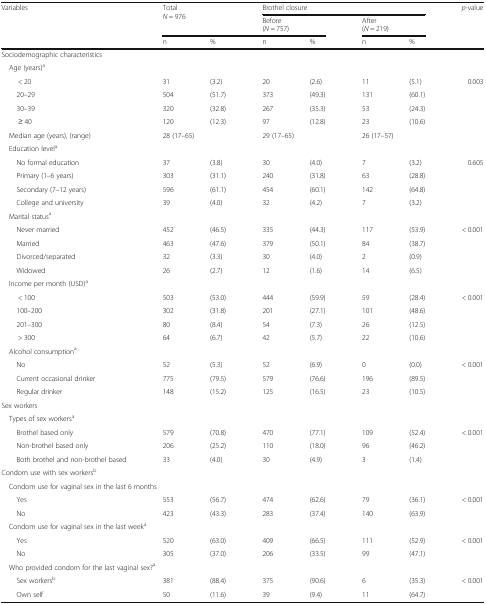
<table><thead><tr><td rowspan="3"><b>Variables</b></td><td rowspan="2" colspan="2"><b>Total<i>N</i> = 976</b></td><td colspan="4"><b>Brothel closure</b></td><td rowspan="3"><b><i>p</i>-value</b></td></tr><tr><td colspan="2"><b>Before(<i>N</i> = 757)</b></td><td colspan="2"><b>After(<i>N</i> = 219)</b></td></tr><tr><td><b>n</b></td><td><b>%</b></td><td><b>n</b></td><td><b>%</b></td><td><b>n</b></td><td><b>%</b></td></tr></thead><tbody><tr><td colspan="8">Sociodemographic characteristics</td></tr><tr><td colspan="8"> Age (years)<sup>a</sup></td></tr><tr><td>&lt; 20</td><td>31</td><td>(3.2)</td><td>20</td><td>(2.6)</td><td>11</td><td>(5.1)</td><td rowspan="4">0.003</td></tr><tr><td>20–29</td><td>504</td><td>(51.7)</td><td>373</td><td>(49.3)</td><td>131</td><td>(60.1)</td></tr><tr><td>30–39</td><td>320</td><td>(32.8)</td><td>267</td><td>(35.3)</td><td>53</td><td>(24.3)</td></tr><tr><td>≥ 40</td><td>120</td><td>(12.3)</td><td>97</td><td>(12.8)</td><td>23</td><td>(10.6)</td></tr><tr><td> Median age (years), (range)</td><td colspan="2">28 (17–65)</td><td colspan="2">29 (17–65)</td><td colspan="2">26 (17–57)</td><td></td></tr><tr><td colspan="8"> Education level<sup>a</sup></td></tr><tr><td>No formal education</td><td>37</td><td>(3.8)</td><td>30</td><td>(4.0)</td><td>7</td><td>(3.2)</td><td rowspan="4">0.605</td></tr><tr><td>Primary (1–6 years)</td><td>303</td><td>(31.1)</td><td>240</td><td>(31.8)</td><td>63</td><td>(28.8)</td></tr><tr><td>Secondary (7–12 years)</td><td>596</td><td>(61.1)</td><td>454</td><td>(60.1)</td><td>142</td><td>(64.8)</td></tr><tr><td>College and university</td><td>39</td><td>(4.0)</td><td>32</td><td>(4.2)</td><td>7</td><td>(3.2)</td></tr><tr><td colspan="8"> Marital status<sup>a</sup></td></tr><tr><td>Never married</td><td>452</td><td>(46.5)</td><td>335</td><td>(44.3)</td><td>117</td><td>(53.9)</td><td rowspan="4">&lt; 0.001</td></tr><tr><td>Married</td><td>463</td><td>(47.6)</td><td>379</td><td>(50.1)</td><td>84</td><td>(38.7)</td></tr><tr><td>Divorced/separated</td><td>32</td><td>(3.3)</td><td>30</td><td>(4.0)</td><td>2</td><td>(0.9)</td></tr><tr><td>Widowed</td><td>26</td><td>(2.7)</td><td>12</td><td>(1.6)</td><td>14</td><td>(6.5)</td></tr><tr><td colspan="8"> Income per month (USD)<sup>a</sup></td></tr><tr><td>&lt; 100</td><td>503</td><td>(53.0)</td><td>444</td><td>(59.9)</td><td>59</td><td>(28.4)</td><td rowspan="4">&lt; 0.001</td></tr><tr><td>100–200</td><td>302</td><td>(31.8)</td><td>201</td><td>(27.1)</td><td>101</td><td>(48.6)</td></tr><tr><td>201–300</td><td>80</td><td>(8.4)</td><td>54</td><td>(7.3)</td><td>26</td><td>(12.5)</td></tr><tr><td>&gt; 300</td><td>64</td><td>(6.7)</td><td>42</td><td>(5.7)</td><td>22</td><td>(10.6)</td></tr><tr><td colspan="8"> Alcohol consumption<sup>a</sup></td></tr><tr><td>No</td><td>52</td><td>(5.3)</td><td>52</td><td>(6.9)</td><td>0</td><td>(0.0)</td><td rowspan="3">&lt; 0.001</td></tr><tr><td>Current occasional drinker</td><td>775</td><td>(79.5)</td><td>579</td><td>(76.6)</td><td>196</td><td>(89.5)</td></tr><tr><td>Regular drinker</td><td>148</td><td>(15.2)</td><td>125</td><td>(16.5)</td><td>23</td><td>(10.5)</td></tr><tr><td colspan="8">Sex workers</td></tr><tr><td colspan="8"> Types of sex workers<sup>a</sup></td></tr><tr><td>Brothel based only</td><td>579</td><td>(70.8)</td><td>470</td><td>(77.1)</td><td>109</td><td>(52.4)</td><td rowspan="2">&lt; 0.001</td></tr><tr><td>Non-brothel based only</td><td>206</td><td>(25.2)</td><td>110</td><td>(18.0)</td><td>96</td><td>(46.2)</td></tr><tr><td>Both brothel and non-brothel based</td><td>33</td><td>(4.0)</td><td>30</td><td>(4.9)</td><td>3</td><td>(1.4)</td><td></td></tr><tr><td colspan="8">Condom use with sex workers<sup>b</sup></td></tr><tr><td colspan="8"> Condom use for vaginal sex in the last 6 months</td></tr><tr><td>Yes</td><td>553</td><td>(56.7)</td><td>474</td><td>(62.6)</td><td>79</td><td>(36.1)</td><td>&lt; 0.001</td></tr><tr><td>No</td><td>423</td><td>(43.3)</td><td>283</td><td>(37.4)</td><td>140</td><td>(63.9)</td><td></td></tr><tr><td colspan="8"> Condom use for vaginal sex in the last week<sup>a</sup></td></tr><tr><td>Yes</td><td>520</td><td>(63.0)</td><td>409</td><td>(66.5)</td><td>111</td><td>(52.9)</td><td>&lt; 0.001</td></tr><tr><td>No</td><td>305</td><td>(37.0)</td><td>206</td><td>(33.5)</td><td>99</td><td>(47.1)</td><td></td></tr><tr><td colspan="8"> Who provided condom for the last vaginal sex?<sup>a</sup></td></tr><tr><td>Sex workers<sup>b</sup></td><td>381</td><td>(88.4)</td><td>375</td><td>(90.6)</td><td>6</td><td>(35.3)</td><td>&lt; 0.001</td></tr><tr><td>Own self</td><td>50</td><td>(11.6)</td><td>39</td><td>(9.4)</td><td>11</td><td>(64.7)</td><td></td></tr></tbody></table>